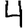
Digit: 4